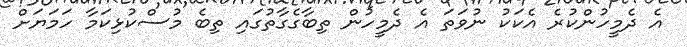
އެ ދެމީހުންކުރެ އެކަކު ނުވަތަ އެ ދެމީހުން ތިބާގެގާތުގައި ތިބެ މުސްކުޅިކަމާ ހަމަޔަށް